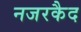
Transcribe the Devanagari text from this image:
नजरकैद